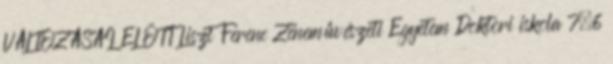
VÁLTOZÁSAI ELŐTT Liszt Ferenc Zeneművészeti Egyetem Doktori iskola 7.6